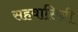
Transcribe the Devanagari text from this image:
सहवासिनी